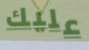
عليك